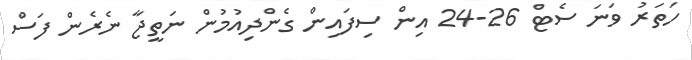
ހަތަރު ވަނަ ސެޓް 26-24 އިން ސިފައިން ގެންދިއުމުން ނަތީޖާ ނެރެން ފަސް